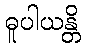
ဓူပါယန္တိ